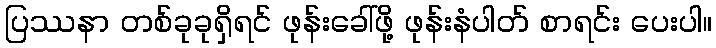
ပြဿနာ တစ်ခုခုရှိရင် ဖုန်းခေါ်ဖို့ ဖုန်းနံပါတ် စာရင်း ပေးပါ။